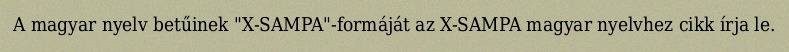
A magyar nyelv betűinek "X-SAMPA"-formáját az X-SAMPA magyar nyelvhez cikk írja le.